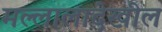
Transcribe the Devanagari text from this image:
मल्लालादेखील